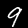
Label: 9